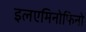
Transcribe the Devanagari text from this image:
इलएमिनोफिनो